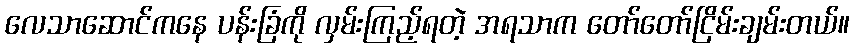
လေသာဆောင်ကနေ ပန်းခြံကို လှမ်းကြည့်ရတဲ့ အရသာက တော်တော်ငြိမ်းချမ်းတယ်။